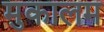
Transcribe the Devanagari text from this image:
मुकालम